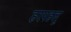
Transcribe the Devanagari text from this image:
हरपहलू